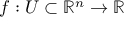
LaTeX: f : U \subset \mathbb { R } ^ { n } \to \mathbb { R }